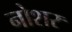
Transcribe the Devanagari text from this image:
नोशर